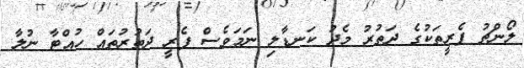
ލޯންޗު ފެރީތަކުގެ ދަތުރު މެދު ކަނޑާލި ނަމަވެސް ފެރީ ދަތުރުތައް ހުއްޓާ ނުލާ